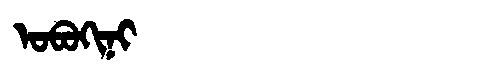
Manchu: ᠣᠪᠣᡴᡳᠨᡳ
Romanization: OBOKINI